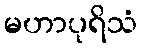
မဟာပုရိသံ